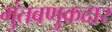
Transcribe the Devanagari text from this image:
गुंतवणुकदार